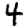
Digit: 4